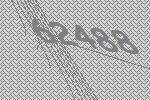
62488